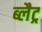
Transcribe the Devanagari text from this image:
ब्लैट्र